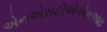
એનએસટીએએમઆઇ